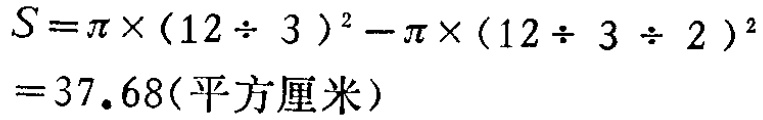
\[

\begin{align*}

S&=\pi\times(12\div 3)^2-\pi\times(12\div 3\div 2)^2\\

&=37.68(\text{平方厘米})

\end{align*}

\]